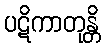
ပဋိကာတုန္တိ